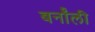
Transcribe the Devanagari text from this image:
बर्नॉली